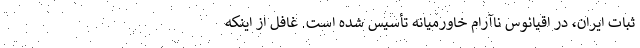
ثبات ایران، در اقیانوس ناآرام خاورمیانه تأسیس شده است. غافل از اینکه